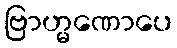
ဗြာဟ္မဏောပေ